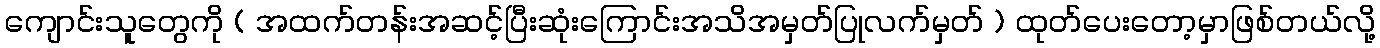
ကျောင်းသူတွေကို ( အထက်တန်းအဆင့်ပြီးဆုံးကြောင်းအသိအမှတ်ပြုလက်မှတ် ) ထုတ်ပေးတော့မှာဖြစ်တယ်လို့